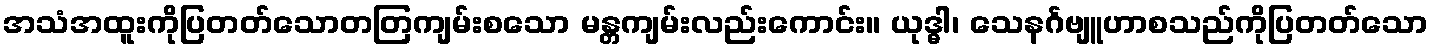
အသံအထူးကိုပြတတ်သောတတြကျမ်းစသော မန္တကျမ်းလည်းကောင်း။ ယုဒ္ဓါ၊ သေနင်္ဂဗျူဟာစသည်ကိုပြတတ်သော